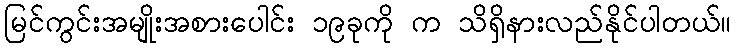
မြင်ကွင်းအမျိုးအစားပေါင်း ၁၉ခုကို က သိရှိနားလည်နိုင်ပါတယ်။